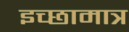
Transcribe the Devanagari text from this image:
इच्छामात्र